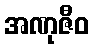
အဏုဇီဝ